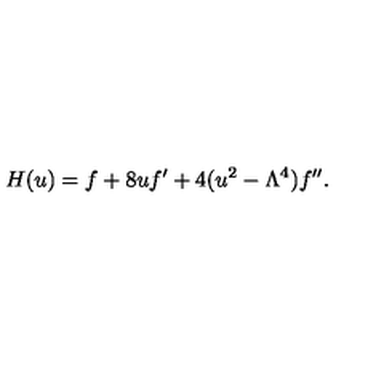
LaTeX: H ( u ) = f + 8 u f ^ { \prime } + 4 ( u ^ { 2 } - \Lambda ^ { 4 } ) f ^ { \prime \prime } .